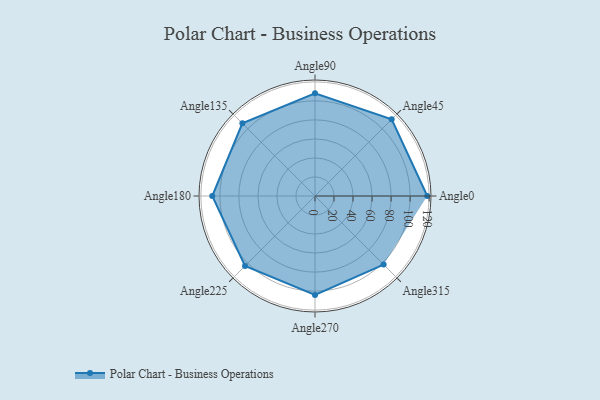
{"axis": {"x": "Angle", "y": "Radius"}, "legend": [""], "data": [{"x": "Angle0", "y": 118.0, "type": ""}, {"x": "Angle45", "y": 114.0, "type": ""}, {"x": "Angle90", "y": 108.0, "type": ""}, {"x": "Angle135", "y": 108.0, "type": ""}, {"x": "Angle180", "y": 108.0, "type": ""}, {"x": "Angle225", "y": 104.0, "type": ""}, {"x": "Angle270", "y": 104.0, "type": ""}, {"x": "Angle315", "y": 102.0, "type": ""}]}